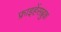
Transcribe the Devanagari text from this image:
फ्राइहेंसब्रुक